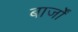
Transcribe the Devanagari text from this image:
बार्जों